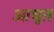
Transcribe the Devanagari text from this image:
आघृत